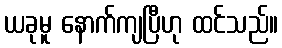
ယခုမူ နောက်ကျပြီဟု ထင်သည်။